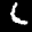
Label: 6